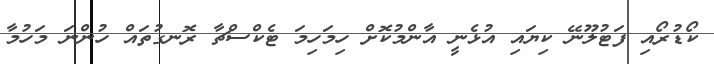
ކޯޑުރޯއި ފަޓުލޫނޭ ކިޔައި އުޅެނީ އާންމުކޮށް ހިމަހިމަ ޓެކްސްޗާ ރޮނގުތައް ހުންނަ މަހުމާ